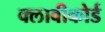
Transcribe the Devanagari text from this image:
क्लावीकोर्ड